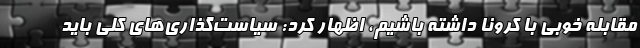
مقابله خوبی با کرونا داشته باشیم، اظهار کرد: سیاست‌گذاری‌های کلی باید